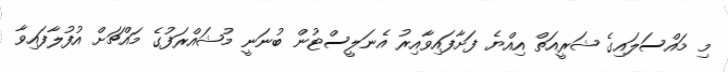
މި މައްސަލައިގެ ޝަރީއަތް އިއްޔެ ފަށާފައިވާއިރު އެނަލީސްޓުން ބުނަނީ މުޝައްރަފުގެ މައްޗަށް އުފުލާފައިވާ